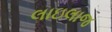
લાઇલાજ